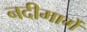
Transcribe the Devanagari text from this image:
नदीमार्गे